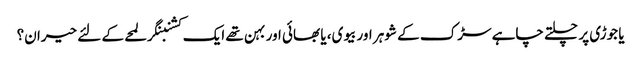
یا جوڑی پر چلتے چاہے سڑک کے شوہر اور بیوی، یا بھائی اور بہن تھے ایک کشنبنگر لمحے کے لئے حیران؟